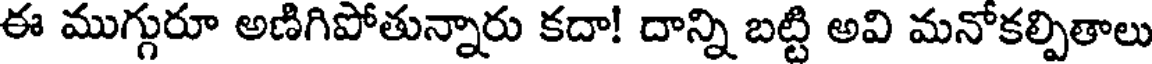
ఈ ముగ్గురూ అణిగిపోతున్నారు కదా! దాన్ని బట్టి అవి మనోకల్పితాలు